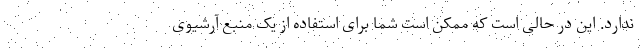
ندارد. این در حالی است که ممکن است شما برای استفاده از یک منبع آرشیوی